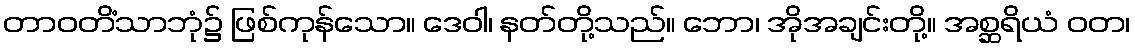
တာဝတိံသာဘုံ၌ ဖြစ်ကုန်သော။ ဒေဝါ၊ နတ်တို့သည်။ ဘော၊ အိုအချင်းတို့။ အစ္ဆရိယံ ဝတ၊